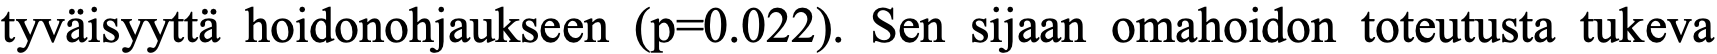
tyväisyyttä hoidonohjaukseen (p=0.022). Sen sijaan omahoidon toteutusta tukeva